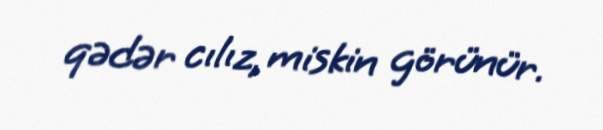
qədər cılız, miskin görünür.